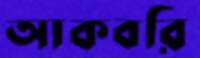
আকবরি